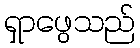
ရှာဖွေသည်